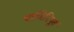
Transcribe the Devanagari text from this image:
पाणिनिपूर्व